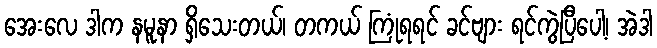
အေးလေ ဒါက နမူနာ ရှိသေးတယ်၊ တကယ် ကြုံရရင် ခင်ဗျား ရင်ကွဲပြီပေါ့၊ အဲဒါ